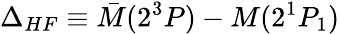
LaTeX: \Delta_{HF}\equiv{\bar{M}}(2^{3}P)-M(2^{1}P_{1})